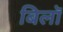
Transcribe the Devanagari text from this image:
बिलॉ